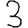
Digit: 3